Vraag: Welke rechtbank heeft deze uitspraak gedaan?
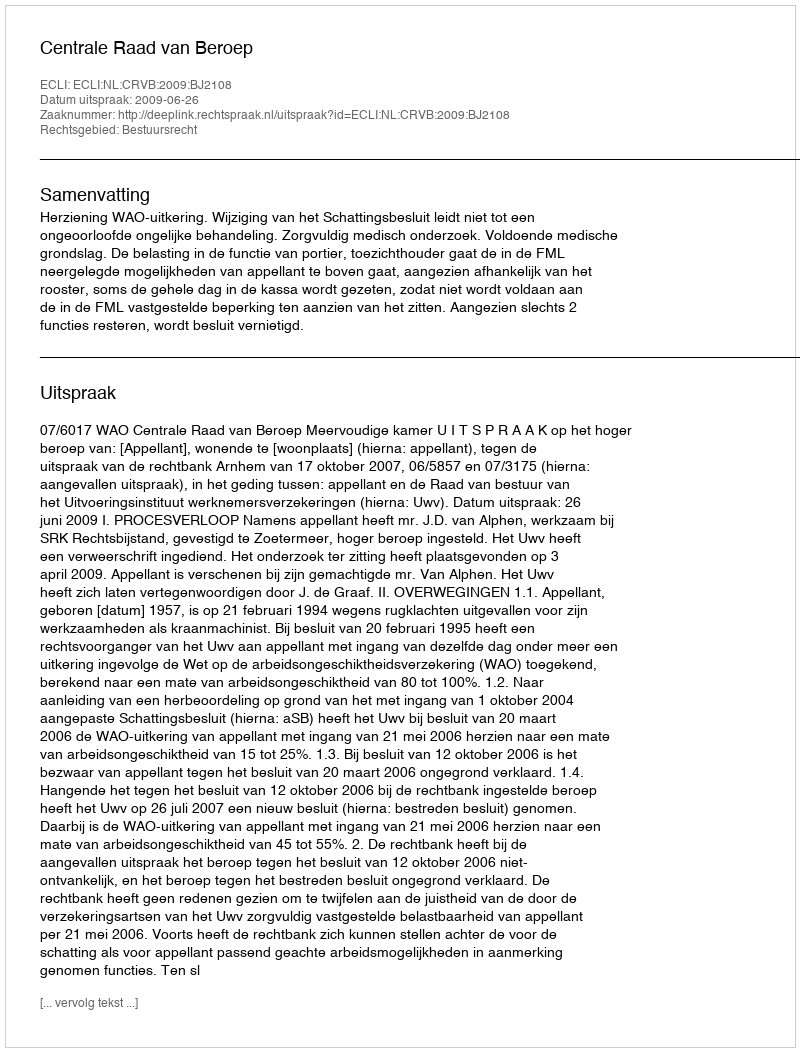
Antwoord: Centrale Raad van Beroep